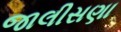
જાલીસણા